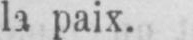
la paix.